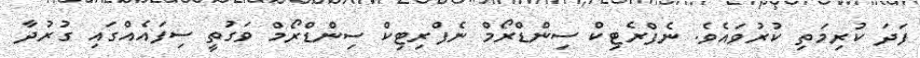
ފަދަ ކުރިމަތި ކުރުވައެވެ. ނެފްރެޓިކް ސިންޑްރޯމް ނެފްރިޓިކް ސިންޑްރޯމް ވަގުތީ ސިފައެއްގައި ގުރުދާ